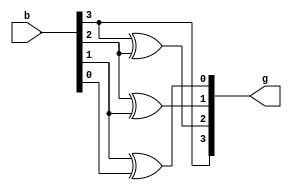
//binary to gray conversion using dataflow model


`timescale 1ns/1ps
module binary_to_gray(
input [3:0]b,
output[3:0]g);

assign g[3]=b[3];
assign g[2]=b[3]^b[2];
assign g[1]=b[2]^b[1];
assign g[0]=b[1]^b[0];

endmodule